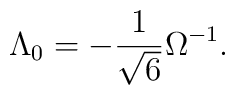
\Lambda_{0}=-\frac{1}{\sqrt{6}}\Omega^{-1}.